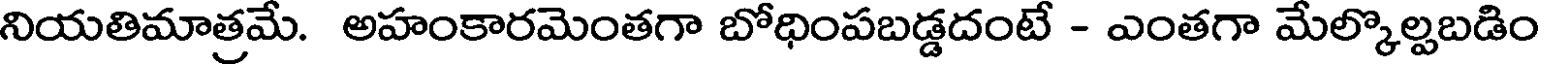
నియతిమాత్రమే. అహంకారమెంతగా బోధింపబడ్డదంటే - ఎంతగా మేల్కొల్పబడిం